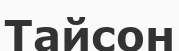
Тайсон